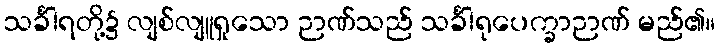
သင်္ခါရတို့၌ လျစ်လျူရှုသော ဉာဏ်သည် သင်္ခါရုပေက္ခာဉာဏ် မည်၏။